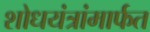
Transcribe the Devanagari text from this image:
शोधयंत्रांमार्फत